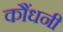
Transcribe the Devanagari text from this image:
कौंधनी